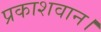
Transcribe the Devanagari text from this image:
प्रकाशवान।